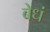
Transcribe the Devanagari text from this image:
बेधं